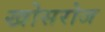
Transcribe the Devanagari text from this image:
खोसरोज